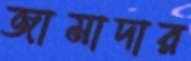
জামাদার